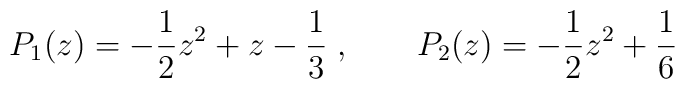
P_1(z)=-\frac{1}{2}z^2+z-\frac{1}{3}\; ,\qquad P_2(z) = -\frac{1}{2}z^2+\frac{1}{6}